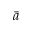
\bar { a }